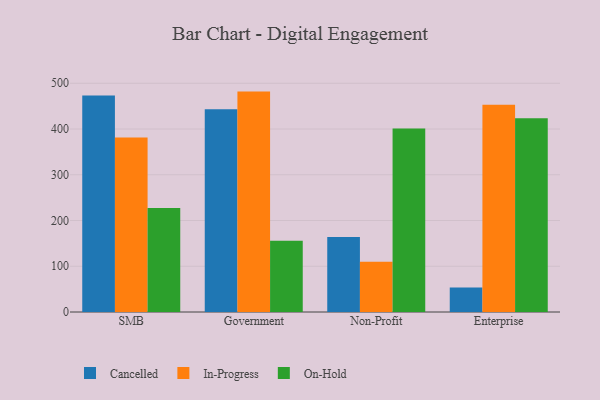
{"axis": {"x": "Segment", "y": "Latency (ms)"}, "legend": ["Cancelled", "In-Progress", "On-Hold"], "data": [{"x": "SMB", "y": 473.4, "type": "Cancelled"}, {"x": "SMB", "y": 381.6, "type": "In-Progress"}, {"x": "SMB", "y": 227.6, "type": "On-Hold"}, {"x": "Government", "y": 443.1, "type": "Cancelled"}, {"x": "Government", "y": 481.8, "type": "In-Progress"}, {"x": "Government", "y": 155.6, "type": "On-Hold"}, {"x": "Non-Profit", "y": 164.0, "type": "Cancelled"}, {"x": "Non-Profit", "y": 109.8, "type": "In-Progress"}, {"x": "Non-Profit", "y": 401.3, "type": "On-Hold"}, {"x": "Enterprise", "y": 53.3, "type": "Cancelled"}, {"x": "Enterprise", "y": 452.9, "type": "In-Progress"}, {"x": "Enterprise", "y": 423.8, "type": "On-Hold"}]}